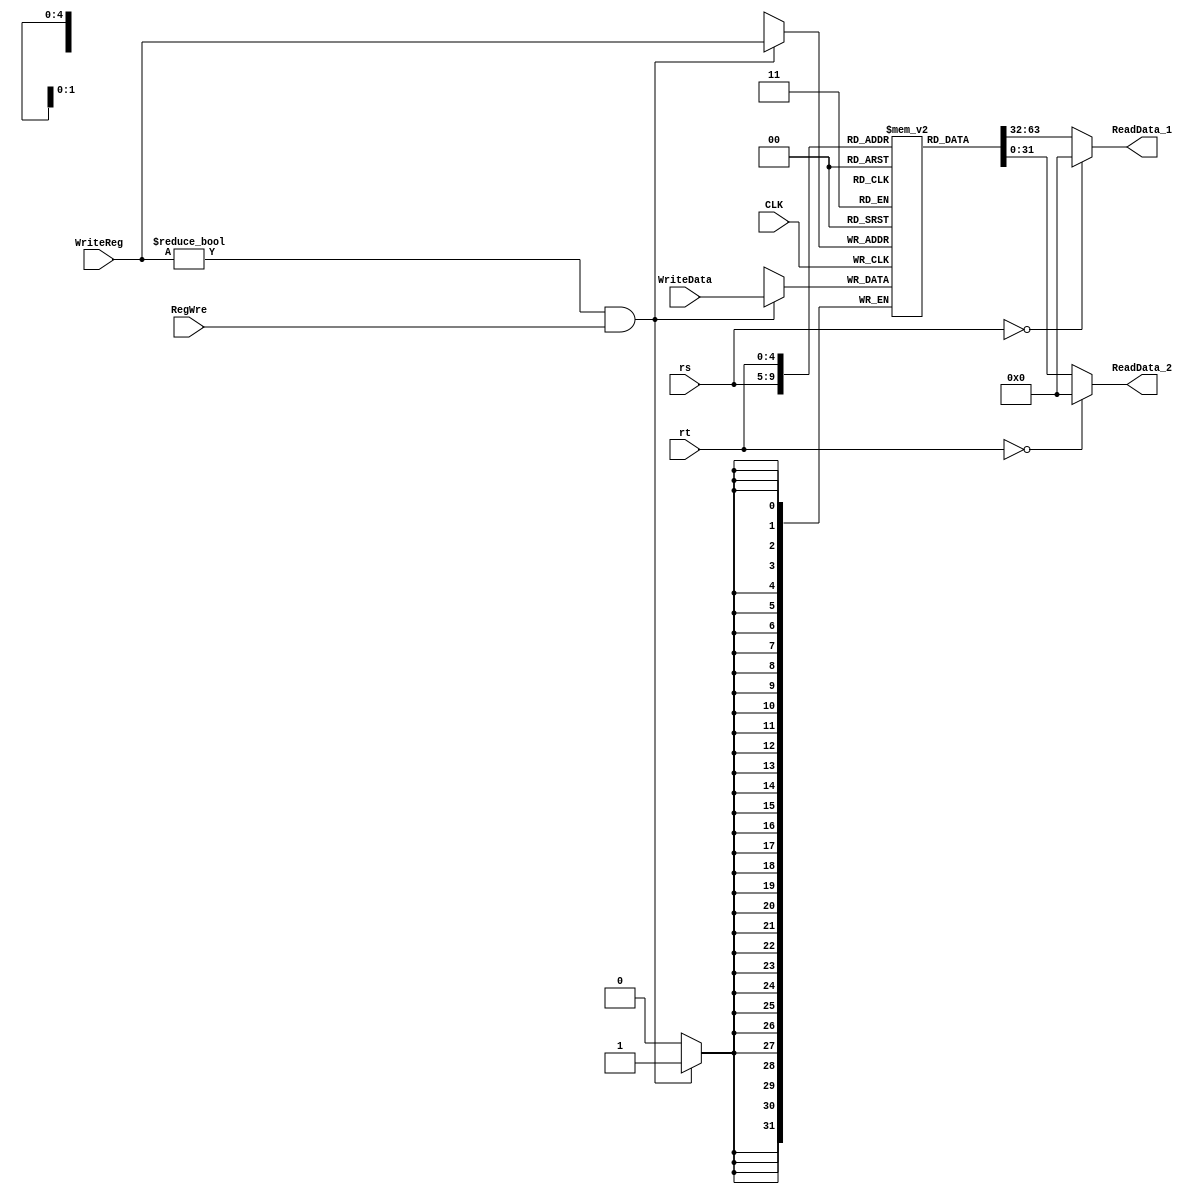
`timescale 1ns / 1ps
//////////////////////////////////////////////////////////////////////////////////
// Company: 
// Engineer: 
// 
// Design Name: 
// Module Name:    RegFile 
// Project Name: 
// Target Devices: 
// Tool versions: 
// Description: 
//
// Dependencies: 
//
// Revision: 
// Revision 0.01 - File Created
// Additional Comments: 
//
//////////////////////////////////////////////////////////////////////////////////
module RegFile(rs, rt, WriteReg, RegWre, CLK, WriteData, ReadData_1, ReadData_2);
	input wire [4:0] rs, rt, WriteReg;
	input wire [31:0] WriteData;
	input wire CLK, RegWre;
	output wire [31:0] ReadData_1, ReadData_2;
	reg [31:0] register [1:31];
	
	integer i;  
    initial begin  
        for (i = 1 ; i < 32; i = i+1)   
              register[i] = 0;  
    end
	
	assign ReadData_1 = (rs == 0) ? 0 : register[rs];
	assign ReadData_2 = (rt == 0) ? 0 : register[rt];
	
	always @(negedge CLK) begin
		if ((WriteReg != 0) && (RegWre == 1))
			register[WriteReg] = WriteData;
	end
endmodule